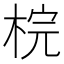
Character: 梡